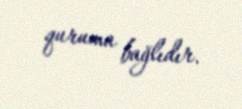
quruma bağlıdır.